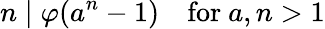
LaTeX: n\mid\varphi(a^{n}-1)\quad{\mathrm{for~}}a,n>1